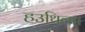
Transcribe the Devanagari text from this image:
हउथिला।